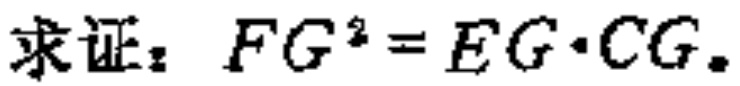
求证：\(FG^{2}=EG\cdot CG\)。